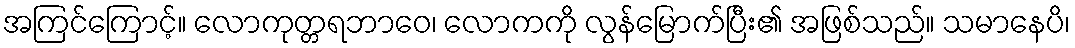
အကြင်ကြောင့်။ လောကုတ္တရဘာဝေ၊ လောကကို လွန်မြောက်ပြီး၏ အဖြစ်သည်။ သမာနေပိ၊